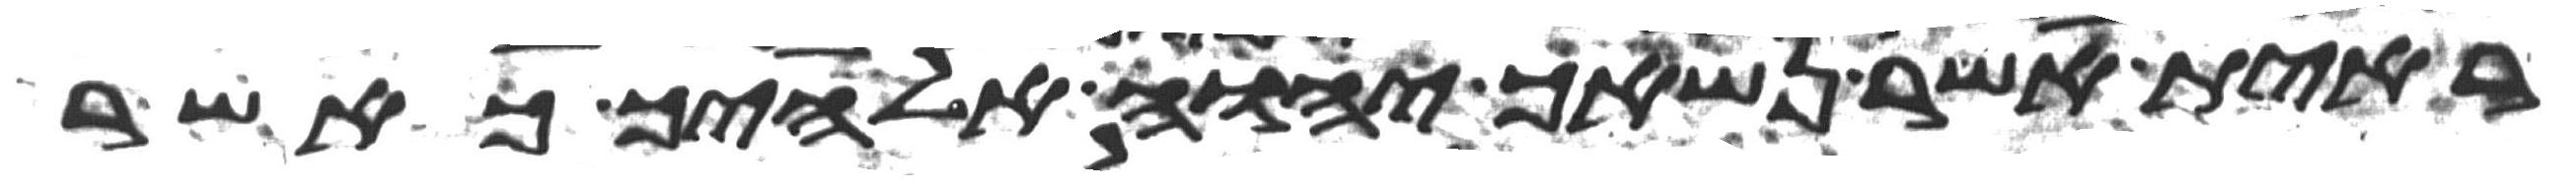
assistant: ראית אשר נשאך יהוה אלהיך כאשר